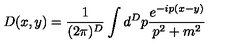
D ( x , y ) = \frac { 1 } { ( 2 \pi ) ^ { D } } \int d ^ { D } p \frac { e ^ { - i p ( x - y ) } } { p ^ { 2 } + m ^ { 2 } }